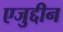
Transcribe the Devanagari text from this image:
एजुद्दीन